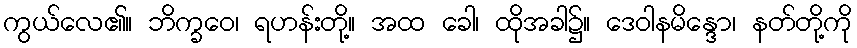
ကွယ်လေ၏။ ဘိက္ခဝေ၊ ရဟန်းတို့။ အထ ခေါ၊ ထိုအခါ၌။ ဒေဝါနမိန္ဒော၊ နတ်တို့ကို